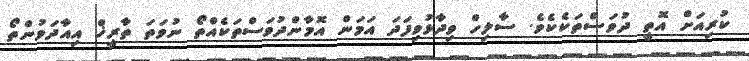
ކުރިއަށް އޮތީ ދުވަސްތަކެކެވެ. ސާލިހް ވިދާޅުވިފަދަ އަމަން އޮމާންދުވަސްތަކެއްތޯ ނުވަތަ ތާރީޚް އިއާދަވުންތޯ